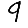
Digit: 9